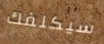
سيكلفك